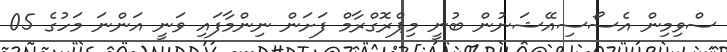
ސްވިމިން އެސޯސިއޭޝަނުން ބުނީ މިޕްރޮގްރާމް ފަށަން ނިންމާފައި ވަނީ އަންނަ މަހުގެ 05